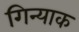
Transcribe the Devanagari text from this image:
गिन्याक